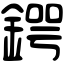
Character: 鍔